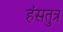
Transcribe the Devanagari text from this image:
हंसतुत्र